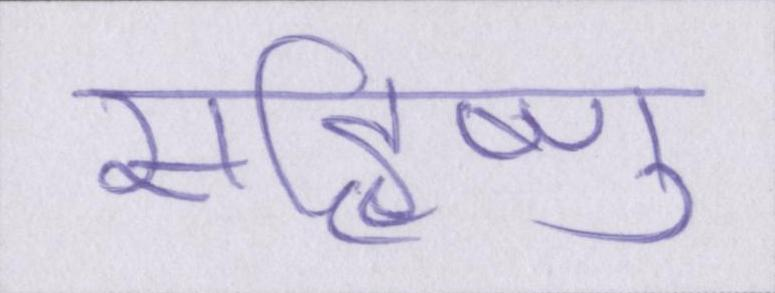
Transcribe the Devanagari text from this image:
सहिष्णु